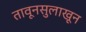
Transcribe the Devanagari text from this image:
तावूनसुलाखून